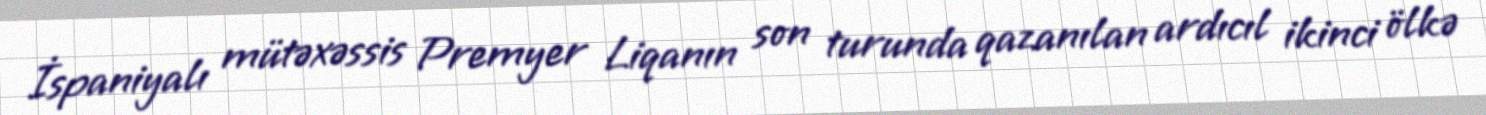
İspaniyalı mütəxəssis Premyer Liqanın son turunda qazanılan ardıcıl ikinci ölkə